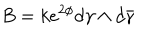
B = k e ^ { 2 \phi } d \gamma \wedge d \bar { \gamma }